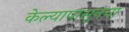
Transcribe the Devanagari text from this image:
केल्यापासूनचा